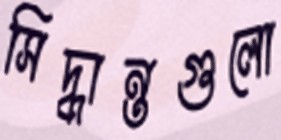
সিদ্ধান্তগুলো